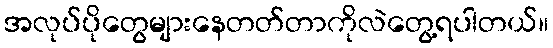
အလုပ်ပိုတွေများနေတတ်တာကိုလဲတွေ့ရပါတယ်။